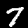
Digit: 7